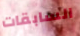
السابقات